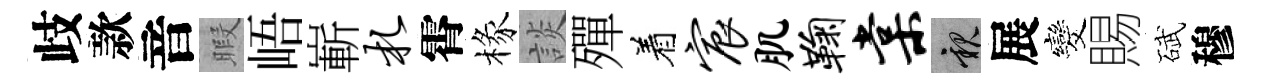
歧款音暇峿嶄札霄椽談殫着宸肌鞠棠親展发賜碔穆